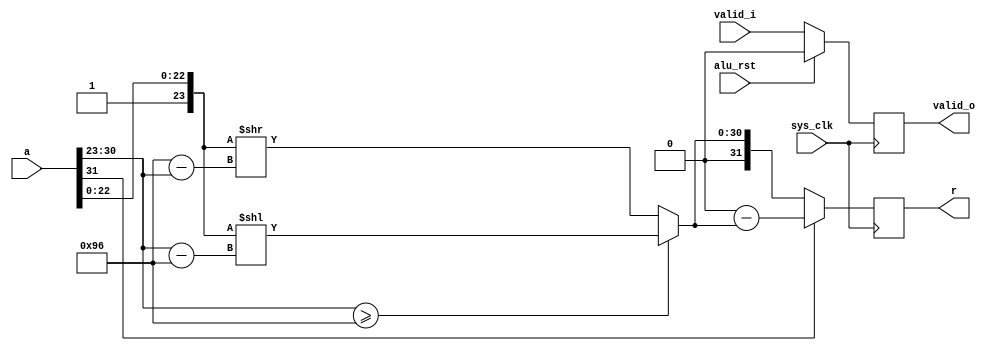
/*
 * Milkymist SoC
 * Copyright (C) 2007, 2008, 2009 Sebastien Bourdeauducq
 *
 * This program is free software: you can redistribute it and/or modify
 * it under the terms of the GNU General Public License as published by
 * the Free Software Foundation, version 3 of the License.
 *
 * This program is distributed in the hope that it will be useful,
 * but WITHOUT ANY WARRANTY; without even the implied warranty of
 * MERCHANTABILITY or FITNESS FOR A PARTICULAR PURPOSE.  See the
 * GNU General Public License for more details.
 *
 * You should have received a copy of the GNU General Public License
 * along with this program.  If not, see <http://www.gnu.org/licenses/>.
 */

module pfpu_f2i(
	input sys_clk,
	input alu_rst,
	
	input [31:0] a,
	input valid_i,
	
	output reg [31:0] r,
	output reg valid_o
);

wire		a_sign = a[31];
wire [7:0]	a_expn = a[30:23];
wire [23:0]	a_mant = {1'b1, a[22:0]};

reg [30:0] shifted;
always @(*) begin
	if(a_expn >= 8'd150)
		shifted = a_mant << (a_expn - 8'd150);
	else
		shifted = a_mant >> (8'd150 - a_expn);
end

always @(posedge sys_clk) begin
	if(alu_rst)
		valid_o <= 1'b0;
	else
		valid_o <= valid_i;
	if(a_sign)
		r <= 32'd0 - {1'b0, shifted};
	else
		r <= {1'b0, shifted};
end

endmodule